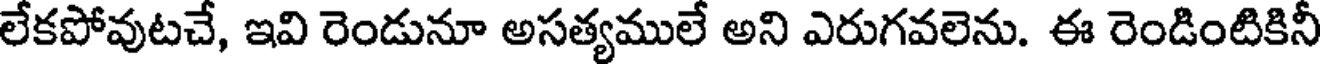
లేకపోవుటచే, ఇవి రెండునూ అసత్యములే అని ఎరుగవలెను. ఈ రెండింటికినీ